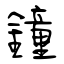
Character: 鐘